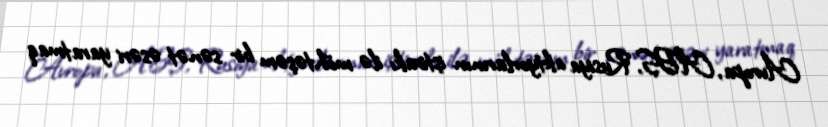
Avropa, ABŞ, Rusiya aktyorlarının iştirakı ilə möhtəşəm bir sənət əsəri yaratmaq